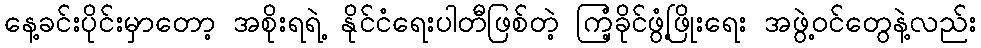
နေ့ခင်းပိုင်းမှာတော့ အစိုးရရဲ့ နိုင်ငံရေးပါတီဖြစ်တဲ့ ကြံ့ခိုင်ဖွံ့ဖြိုးရေး အဖွဲ့ဝင်တွေနဲ့လည်း